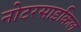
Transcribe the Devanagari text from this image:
नोटरसाइकिल